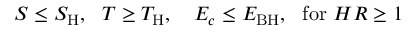
S \le S _ { \mathrm { H } } , ~ ~ T \ge T _ { \mathrm { H } } , ~ ~ ~ E _ { c } \le E _ { \mathrm { B H } } , ~ ~ \mathrm { f o r } ~ H R \ge 1